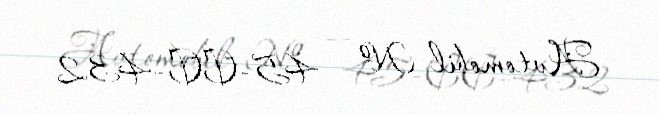
Avtomobil № — 45-CC-432